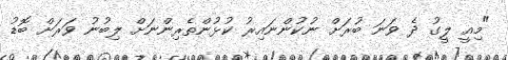
"މިއީ ލީގު ދެ ވަނަ ބުރަށް ނުކުންނައިރު ކުޅުންތެރިންނަށް ލިބުނު ވަރަށް ބޮޑު